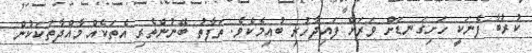
ކުރުބާ ފެނަކީ ހަށިގަނޑަށް ވަރަށް ފައިދާހުރި ބުއިމެކެވެ. ތަފާތު ބޭނުންތެރި އެތަކެއް މާއްދާތަކަކުން